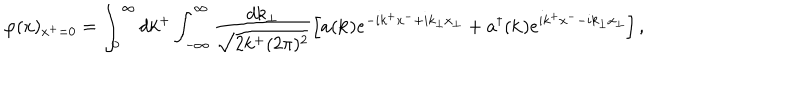
LaTeX: \varphi ( x ) _ { x ^ { + } = 0 } = \int _ { 0 } ^ { \infty } d k ^ { + } \int _ { - \infty } ^ { \infty } \frac { d k _ { \perp } } { \sqrt { 2 k ^ { + } ( 2 \pi ) ^ { 2 } } } \left[ a ( { \bf k } ) e ^ { - i k ^ { + } x ^ { - } + i k _ { \perp } x _ { \perp } } + a ^ { \dagger } ( { \bf k } ) e ^ { i k ^ { + } x ^ { - } - i k _ { \perp } x _ { \perp } } \right] ,